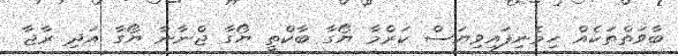
ބާވަތްތަކެއް ހިމެނިފައިވިޔަސް ކަރްމާ ޔޯގާ ބާކްތީ ޔޯގާ ޖްނާނާ ޔޯގާ އަދި ރާޖާ